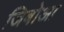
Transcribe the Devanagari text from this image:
जिबोआ